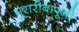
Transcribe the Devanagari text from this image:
मुरारीबापूनी